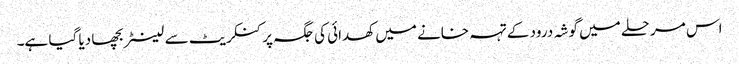
اس مرحلے میں گوشہ درود کے تہہ خانے میں کھدائی کی جگہ پر کنکریٹ سے لینٹر بچھا دیا گیا ہے۔